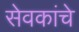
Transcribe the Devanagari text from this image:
सेवकांचे